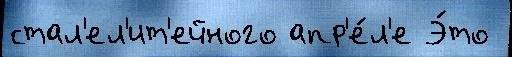
стал'ел'ит'ейного апр'е́л'е Э́то